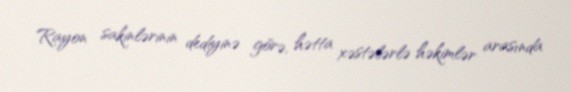
Rayon sakinlərinin dediyinə görə, hətta xəstələrlə həkimlər arasında